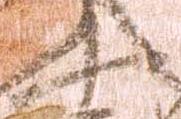
小